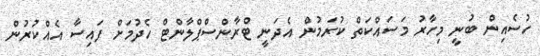
ހުސެއިން ބުނީ މިހާރު މަސައްކަތް ކުރަމުން އެދަނީ ޓްރާންސްޕްލާންޓް ހެދުމަށް ފައިސާ އެއްކުރުން